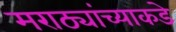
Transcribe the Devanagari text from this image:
मराठ्यांच्याकडे